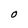
Character: O